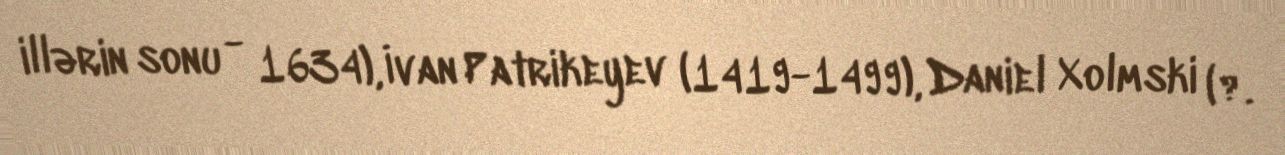
illərin sonu - 1634), İvan Patrikeyev (1419-1499), Daniel Xolmski (?.